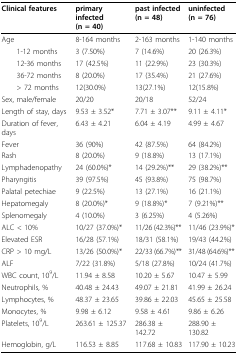
<table><thead><tr><td><b>Clinical features</b></td><td><b>primary infected(n = 40)</b></td><td><b>past infected(n = 48)</b></td><td><b>uninfected(n = 76)</b></td></tr></thead><tbody><tr><td>Age</td><td>8-164 months</td><td>2-163 months</td><td>1-140 months</td></tr><tr><td> 1-12 months</td><td>3 (7.50%)</td><td>7 (14.6%)</td><td>20 (26.3%)</td></tr><tr><td> 12-36 months</td><td>17 (42.5%)</td><td>11 (22.9%)</td><td>23 (30.3%)</td></tr><tr><td> 36-72 months</td><td>8 (20.0%)</td><td>17 (35.4%)</td><td>21 (27.6%)</td></tr><tr><td> &gt; 72 months</td><td>12(30.0%)</td><td>13(27.1%)</td><td>12(15.8%)</td></tr><tr><td>Sex, male/female</td><td>20/20</td><td>20/18</td><td>52/24</td></tr><tr><td>Length of stay, days</td><td>9.53 ± 3.52*</td><td>7.71 ± 3.07**</td><td>9.11 ± 4.11*</td></tr><tr><td>Duration of fever, days</td><td>6.43 ± 4.21</td><td>6.04 ± 4.19</td><td>4.99 ± 4.67</td></tr><tr><td>Fever</td><td>36 (90%)</td><td>42 (87.5%)</td><td>64 (84.2%)</td></tr><tr><td>Rash</td><td>8 (20.0%)</td><td>9 (18.8%)</td><td>13 (17.1%)</td></tr><tr><td>Lymphadenopathy</td><td>24 (60.0%)*</td><td>14 (29.2%)**</td><td>29 (38.2%)**</td></tr><tr><td>Pharyngitis</td><td>39 (97.5%)</td><td>45 (93.8%)</td><td>75 (98.7%)</td></tr><tr><td>Palatal petechiae</td><td>9 (22.5%)</td><td>13 (27.1%)</td><td>16 (21.1%)</td></tr><tr><td>Hepatomegaly</td><td>8 (20.0%)*</td><td>9 (18.8%)*</td><td>7 (9.21%)**</td></tr><tr><td>Splenomegaly</td><td>4 (10.0%)</td><td>3 (6.25%)</td><td>4 (5.26%)</td></tr><tr><td>ALC &lt; 10%</td><td>10/27 (37.0%)*</td><td>11/26 (42.3%)**</td><td>11/46 (23.9%)*</td></tr><tr><td>Elevated ESR</td><td>16/28 (57.1%)</td><td>18/31 (58.1%)</td><td>19/43 (44.2%)</td></tr><tr><td>CRP &gt; 10 mg/L</td><td>13/26 (50.0%)*</td><td>22/33 (66.7%)**</td><td>31/48 (64.6%)**</td></tr><tr><td>ALF</td><td>7/22 (31.8%)</td><td>5/18 (27.8%)</td><td>10/24 (41.7%)</td></tr><tr><td>WBC count, 10<sup>9</sup>/L</td><td>11.94 ± 8.58</td><td>10.20 ± 5.67</td><td>10.47 ± 5.99</td></tr><tr><td>Neutrophils, %</td><td>40.48 ± 24.43</td><td>49.07 ± 21.81</td><td>41.99 ± 26.24</td></tr><tr><td>Lymphocytes, %</td><td>48.37 ± 23.65</td><td>39.86 ± 22.03</td><td>45.65 ± 25.58</td></tr><tr><td>Monocytes, %</td><td>9.98 ± 6.12</td><td>9.58 ± 4.61</td><td>9.86 ± 6.26</td></tr><tr><td>Platelets, 10<sup>9</sup>/L</td><td>263.61 ± 125.37</td><td>286.38 ± 142.72</td><td>288.90 ± 130.82</td></tr><tr><td>Hemoglobin, g/L</td><td>116.53 ± 8.85</td><td>117.68 ± 10.83</td><td>117.90 ± 10.23</td></tr></tbody></table>